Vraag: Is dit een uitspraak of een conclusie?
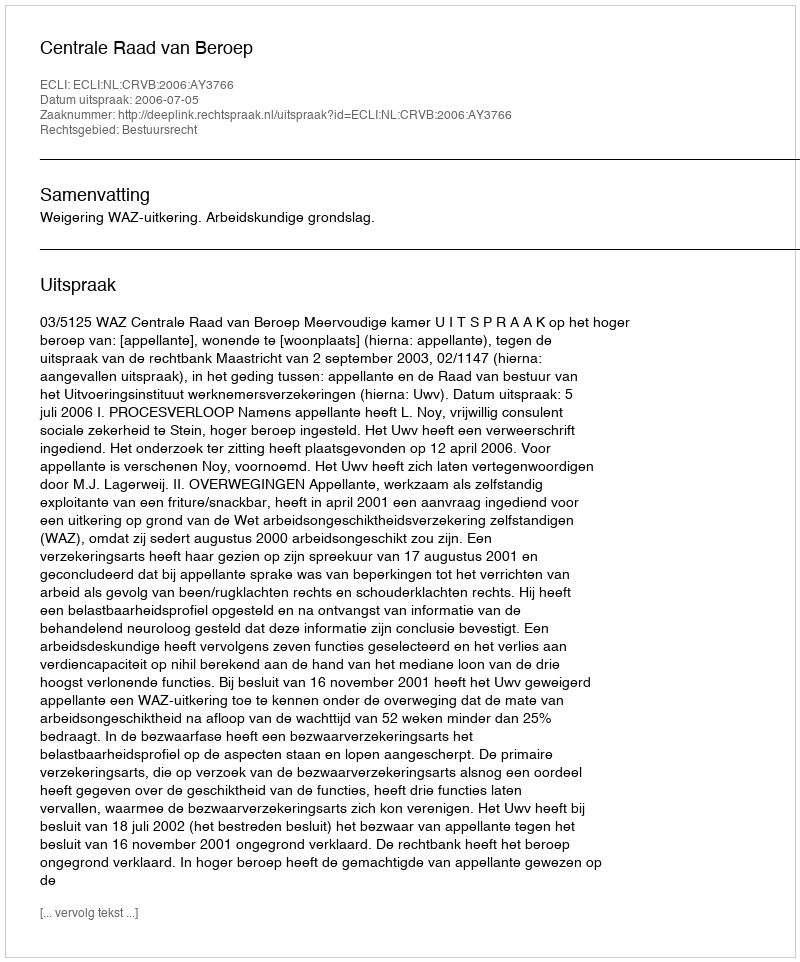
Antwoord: Uitspraak